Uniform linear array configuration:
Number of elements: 12
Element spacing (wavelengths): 0.5
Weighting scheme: hann
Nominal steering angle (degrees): -60
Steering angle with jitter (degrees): -58.653
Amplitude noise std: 0.05
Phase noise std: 0.05

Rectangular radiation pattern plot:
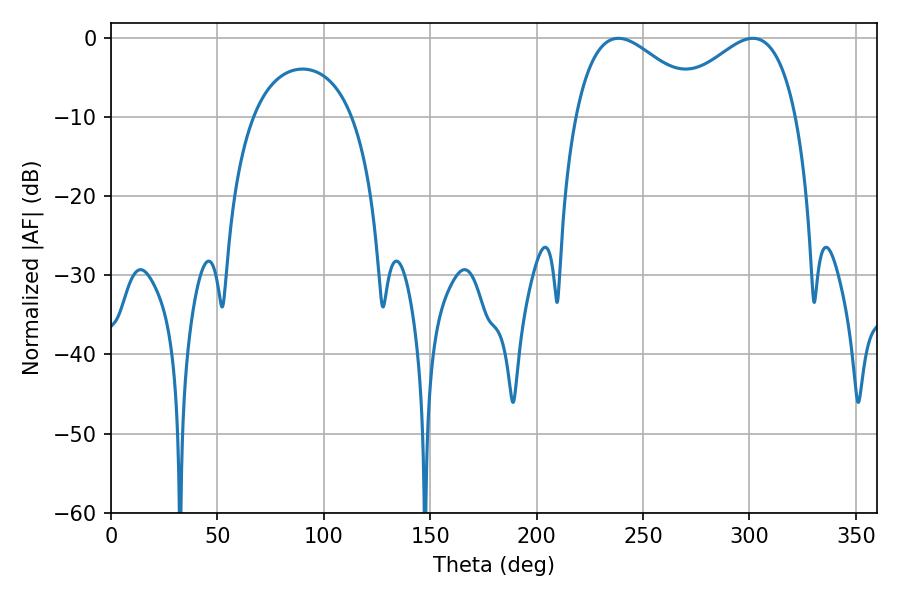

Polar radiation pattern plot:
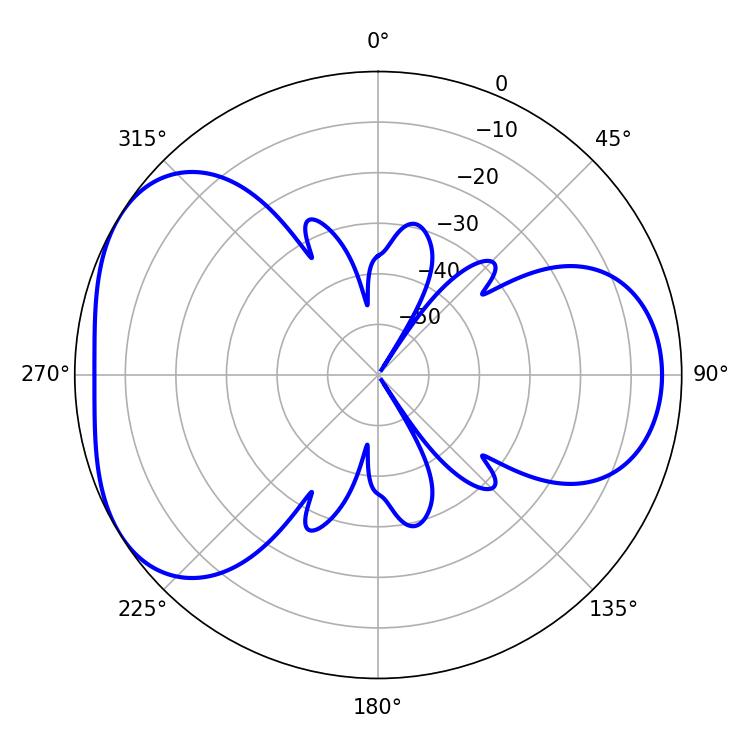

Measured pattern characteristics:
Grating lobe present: FALSE
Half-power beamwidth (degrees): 33.3
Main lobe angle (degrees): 238.32